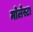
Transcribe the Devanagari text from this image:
मोलेस्टा